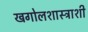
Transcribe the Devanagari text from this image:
खगोलशास्त्राशी